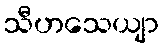
သီဟသေယျာ